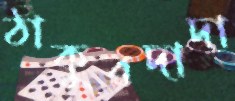
ঠাকুরদাদা